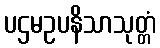
ပဌမဥပနိသာသုတ္တံ